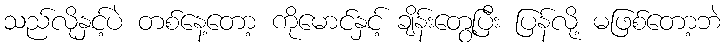
သည်လိုနှင့်ပဲ တစ်နေ့တော့ ကိုမောင်နှင့် ချိန်းတွေ့ပြီး ပြန်လို့ မဖြစ်တော့ဘဲ